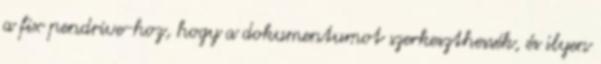
a fix pendrive-hoz, hogy a dokumentumot szerkeszthessék, és ilyen